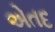
એતદ